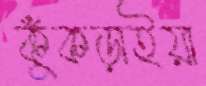
কুঁকড়াইয়া